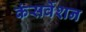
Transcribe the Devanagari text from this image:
कंसर्वेशन